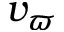
v _ { \varpi }